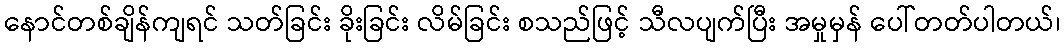
နောင်တစ်ချိန်ကျရင် သတ်ခြင်း ခိုးခြင်း လိမ်ခြင်း စသည်ဖြင့် သီလပျက်ပြီး အမှုမှန် ပေါ်တတ်ပါတယ်၊